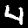
Label: 4